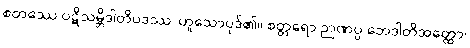
စတဿေ ပဋိသမ္ဘိဒါတိပဒဿ၊ ဟူသောပုဒ်၏။ စတ္တရော ဉာဏပ္ပ ဘေဒါတိအတ္ထော၊